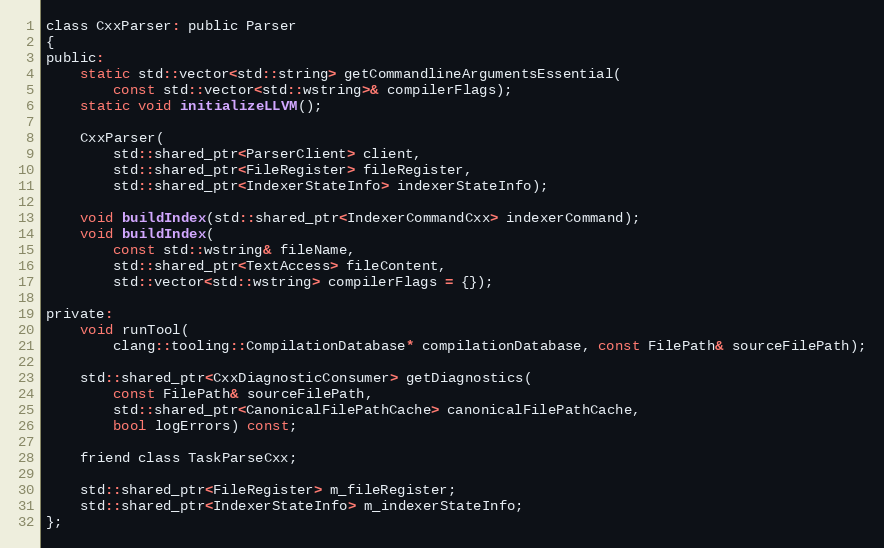
Language: C
class CxxParser: public Parser
{
public:
	static std::vector<std::string> getCommandlineArgumentsEssential(
		const std::vector<std::wstring>& compilerFlags);
	static void initializeLLVM();

	CxxParser(
		std::shared_ptr<ParserClient> client,
		std::shared_ptr<FileRegister> fileRegister,
		std::shared_ptr<IndexerStateInfo> indexerStateInfo);

	void buildIndex(std::shared_ptr<IndexerCommandCxx> indexerCommand);
	void buildIndex(
		const std::wstring& fileName,
		std::shared_ptr<TextAccess> fileContent,
		std::vector<std::wstring> compilerFlags = {});

private:
	void runTool(
		clang::tooling::CompilationDatabase* compilationDatabase, const FilePath& sourceFilePath);

	std::shared_ptr<CxxDiagnosticConsumer> getDiagnostics(
		const FilePath& sourceFilePath,
		std::shared_ptr<CanonicalFilePathCache> canonicalFilePathCache,
		bool logErrors) const;

	friend class TaskParseCxx;

	std::shared_ptr<FileRegister> m_fileRegister;
	std::shared_ptr<IndexerStateInfo> m_indexerStateInfo;
};